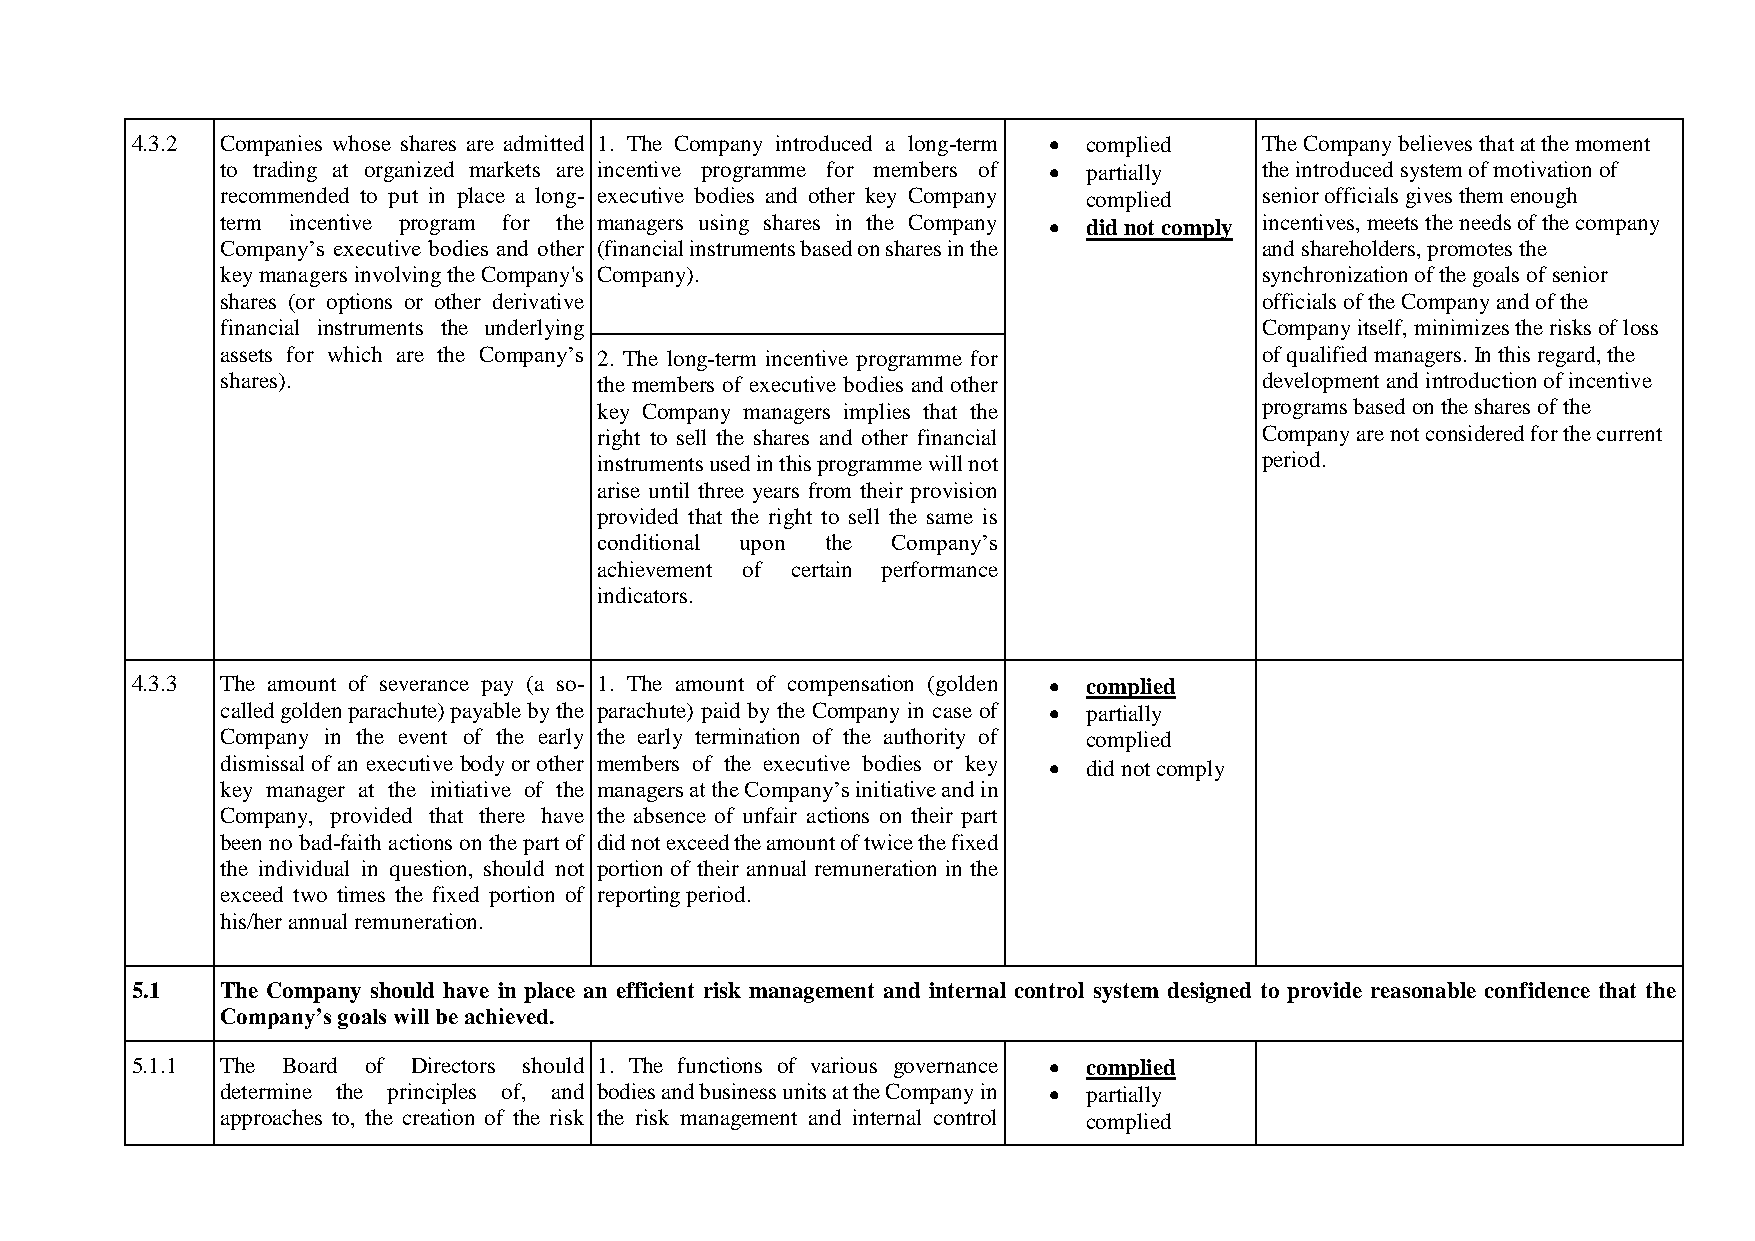
4.3.2 Companies whose shares are admitted 1. The Company introduced a long-term  complied The Company believes that at the moment
 to trading at organized markets are incentive programme for members of  partially the introduced system of motivation of
 recommended to put in place a long- executive bodies and other key Company complied senior officials gives them enough
 term incentive program for the managers using shares in the Company  did not comply incentives, meets the needs of the company
 Company’s executive bodies and other (financial instruments based on shares in the and shareholders, promotes the
 key managers involving the Company's Company).                       synchronization of the goals of senior
 shares (or options or other derivative                               officials of the Company and of the
 financial instruments the underlying                                 Company itself, minimizes the risks of loss
 assets for which are the Company’s 2. The long-term incentive programme for of qualified managers. In this regard, the
 shares).                 the members of executive bodies and other   development and introduction of incentive
 key Company managers implies that the       programs based on the shares of the
 right to sell the shares and other financial Company are not considered for the current
 instruments used in this programme will not period.
 arise until three years from their provision
 provided that the right to sell the same is
 conditional upon the Company’s
 achievement of certain performance
 indicators.
 4.3.3 The amount of severance pay (a so- 1. The amount of compensation (golden  complied
 called golden parachute) payable by the parachute) paid by the Company in case of  partially
 Company in the event of the early the early termination of the authority of complied
 dismissal of an executive body or other members of the executive bodies or key  did not comply
 key manager at the initiative of the managers at the Company’s initiative and in
 Company, provided that there have the absence of unfair actions on their part
 been no bad-faith actions on the part of did not exceed the amount of twice the fixed
 the individual in question, should not portion of their annual remuneration in the
 exceed two times the fixed portion of reporting period.
 his/her annual remuneration.
 5.1   The Company should have in place an efficient risk management and internal control system designed to provide reasonable confidence that the
 Company’s goals will be achieved.
 5.1.1 The Board of Directors should 1. The functions of various governance  complied
 determine the principles of, and bodies and business units at the Company in  partially
 approaches to, the creation of the risk the risk management and internal control complied